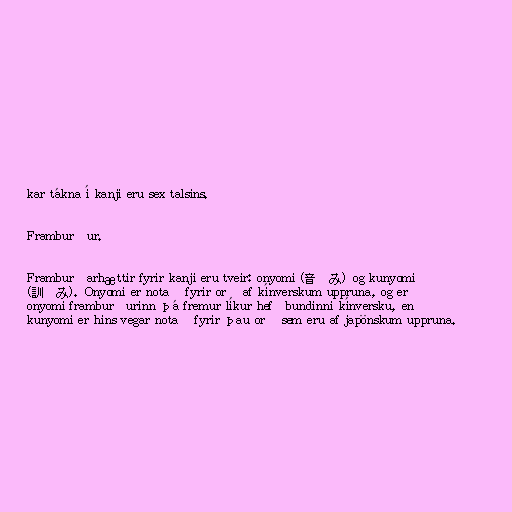
kar tákna í kanji eru sex talsins.

Framburður.

Framburðarhættir fyrir kanji eru tveir: onyomi (音読み) og kunyomi
(訓読み). Onyomi er notað fyrir orð af kínverskum uppruna, og er
onyomi framburðurinn þá fremur líkur hefðbundinni kínversku, en
kunyomi er hins vegar notað fyrir þau orð sem eru af japönskum uppruna.